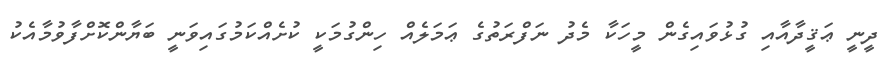
ދީނީ ޢަޤީދާއާއި ގުޅުވައިގެން މީހަކާ މެދު ނަފްރަތުގެ ޢަމަލެއް ހިންގުމަކީ ކުށެއްކަމުގައިވަނީ ބަޔާންކޮށްފާވުމާއެކު